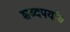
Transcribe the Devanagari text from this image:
शब्दपर्याय